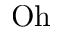
\mathrm { O h }